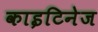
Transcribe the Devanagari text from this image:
काइटिनेज